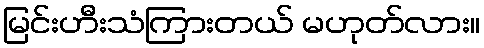
မြင်းဟီးသံကြားတယ် မဟုတ်လား။